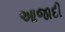
આજાદી